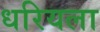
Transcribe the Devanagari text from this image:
धरियला